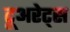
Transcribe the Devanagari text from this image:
टूअरेट्स